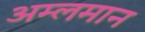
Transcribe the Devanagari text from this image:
अम्लमान